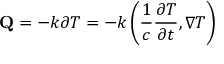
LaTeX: \mathbf { Q } = - k { \boldsymbol { \partial } } T = - k \left( { \frac { 1 } { c } } { \frac { \partial T } { \partial t } } , \nabla T \right)